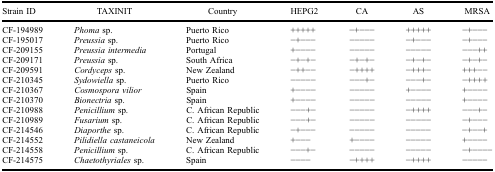
<table><thead><tr><td><b>Strain ID</b></td><td><b>TAXINIT</b></td><td><b>Country</b></td><td><b>HEPG2</b></td><td><b>CA</b></td><td><b>AS</b></td><td><b>MRSA</b></td></tr></thead><tbody><tr><td>CF-194989</td><td><i>Phoma</i> sp.</td><td>Puerto Rico</td><td>+++++</td><td>−+−−−</td><td>+++++</td><td>−+−−−</td></tr><tr><td>CF-195017</td><td><i>Preussia</i> sp.</td><td>Puerto Rico</td><td>−+−−−</td><td>−−−−−</td><td>−+−−−</td><td>−+−−−</td></tr><tr><td>CF-209155</td><td><i>Preussia intermedia</i></td><td>Portugal</td><td>+−−−−</td><td>−−−−−</td><td>−−−−−</td><td>−−−++</td></tr><tr><td>CF-209171</td><td><i>Preussia</i> sp.</td><td>South Africa</td><td>−+−+−</td><td>−+−+−</td><td>−+−+−</td><td>−+−+−</td></tr><tr><td>CF-209591</td><td><i>Cordyceps</i> sp.</td><td>New Zealand</td><td>−++−−</td><td>−++++</td><td>−+++−</td><td>+++−−</td></tr><tr><td>CF-210345</td><td><i>Sydowiella</i> sp.</td><td>Puerto Rico</td><td>−−−−−</td><td>−−−+−</td><td>−−−+−</td><td>−++++</td></tr><tr><td>CF-210367</td><td><i>Cosmospora vilior</i></td><td>Spain</td><td>+−−−−</td><td>−−−−−</td><td>+−−−−</td><td>+−−−−</td></tr><tr><td>CF-210370</td><td><i>Bionectria</i> sp.</td><td>Spain</td><td>+−−−−</td><td>−−−−−</td><td>−−−−−</td><td>+−−−−</td></tr><tr><td>CF-210988</td><td><i>Penicillium</i> sp.</td><td>C. African Republic</td><td>−−−+−</td><td>−−−−−</td><td>−++++</td><td>−−−+−</td></tr><tr><td>CF-210989</td><td><i>Fusarium</i> sp.</td><td>C. African Republic</td><td>−−−+−</td><td>−−−−−</td><td>−−−−−</td><td>−+−−−</td></tr><tr><td>CF-214546</td><td><i>Diaporthe</i> sp.</td><td>C. African Republic</td><td>−+−−−</td><td>−−−−−</td><td>−−−−−</td><td>−+−−+</td></tr><tr><td>CF-214552</td><td><i>Pilidiella castaneicola</i></td><td>New Zealand</td><td>+−−−</td><td>+−−−−</td><td>−−−−−</td><td>+−−−−</td></tr><tr><td>CF-214558</td><td><i>Penicillium</i> sp.</td><td>C. African Republic</td><td>−−−+−</td><td>−−−−−</td><td>−−−−−</td><td>−+−−−−</td></tr><tr><td>CF-214575</td><td><i>Chaetothyriales</i> sp.</td><td>Spain</td><td>−−−−</td><td>−++++</td><td>−++++</td><td>−−−−−</td></tr></tbody></table>